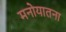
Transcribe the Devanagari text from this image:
मनोयातना